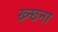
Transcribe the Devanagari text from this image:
ख्न्छना